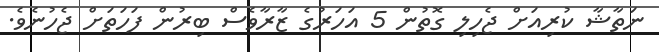
ނަތާޝާ ކުރިއަށް ޖެހިލި ގޮތުން 5 އަހަރުގެ ޒާރާވެސް ބިރުން ފަހަތަށް ޖެހުނެވެ.